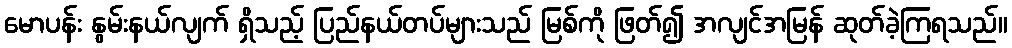
မောပန်း နွမ်းနယ်လျက် ရှိသည့် ပြည်နယ်တပ်များသည် မြစ်ကို ဖြတ်၍ အလျင်အမြန် ဆုတ်ခဲ့ကြရသည်။